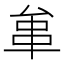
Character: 𠫺